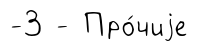
-3 - Про́чиjе